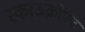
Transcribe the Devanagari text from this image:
स्काऊक्रोफ्ट